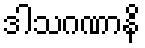
ဒါသဂဏာနိ